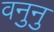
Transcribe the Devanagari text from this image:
वनुनु